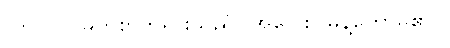
(ဘဂဝါ၊ မြတ်စွာဘုရားသည်။ အဝေါစ၊ မိန့်တော်မူ၏။)